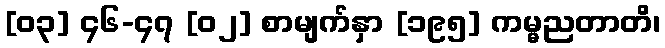
[၀၃] ၄၆-၄၇ [၀၂] စာမျက်နှာ [၁၉၅] ကမ္မညတာတိ၊